Civil Veterinary Department Bengal reports 1923-33 - 1923-1933
Year: 1923
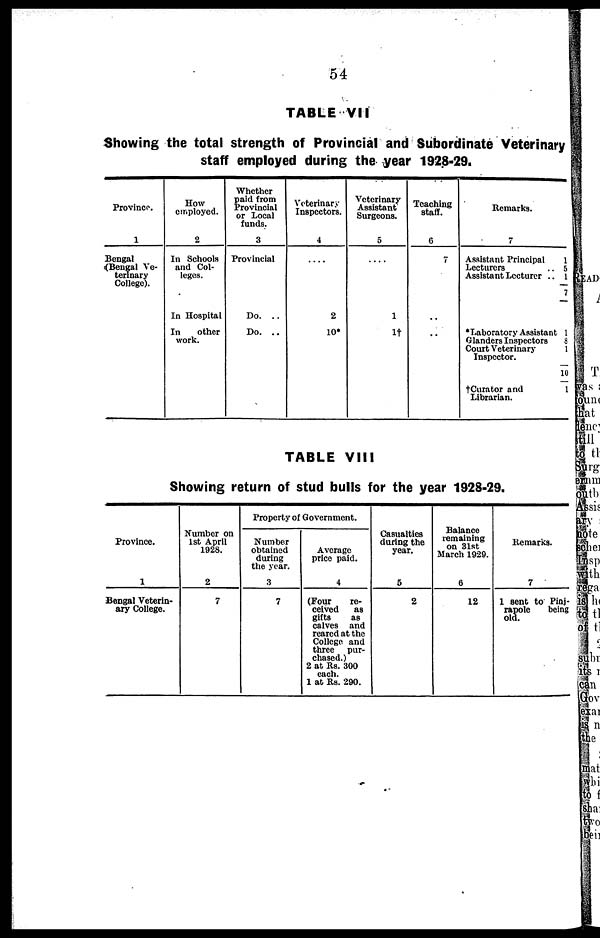
54
TABLE VII
Showing the total strength of Provincial and Subordinate Veterinary
staff employed during the year 1928-29.
Province.
1
Bengal
(Bengal Ve-
terinary
College).
How
employed.
2
In Schools
and Col-
leges.
In Hospital
In
other
work.
Whether
paid from
Provincial
or Local
funds.
3
Provincial
Do. ..
Do. ..
Veterinary
Inspectors.
4
....
2
10*
Veterinary
Assistant
Surgeons.
5
....
1
1†
Teaching
staff.
6
7
..
..
Remarks.
7
Assistant Principal
Lecturers
Assistant Lecturer ..
*Laboratory Assistant
Glanders Inspectors
Court Veterinary
Inspector.
†Curator and
Librarian.
TABLE VIII
Showing return of stud bulls for the year 1928-29.
Province.
1
Bengal Veterin-
ary College.
Number on
1st April
1928.
2
7
Property of Government.
Number
obtained
during
the year.
3
7
Average
price paid.
4
(Four
re-
ceived
as
gifts
as
calves and
reared at the
College and
three
pur-
chased.)
2 at Its. 300
each.
1 at Rs. 290.
Casualties
during the
year.
5
2
Balance
remaining
on 31st
March 1929.
6
12
Remarks.
7
1 sent to Pinj-
rapole
being
old.